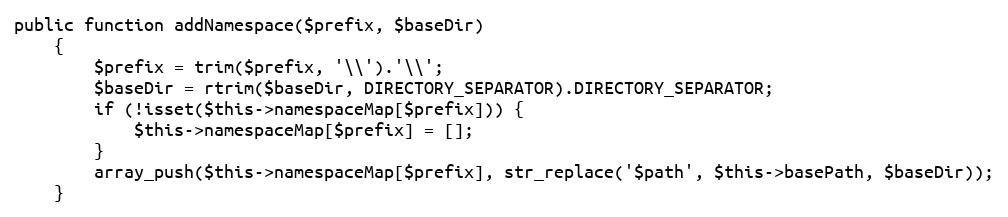
Language: PHP
public function addNamespace($prefix, $baseDir)
    {
        $prefix = trim($prefix, '\\').'\\';
        $baseDir = rtrim($baseDir, DIRECTORY_SEPARATOR).DIRECTORY_SEPARATOR;
        if (!isset($this->namespaceMap[$prefix])) {
            $this->namespaceMap[$prefix] = [];
        }
        array_push($this->namespaceMap[$prefix], str_replace('$path', $this->basePath, $baseDir));
    }